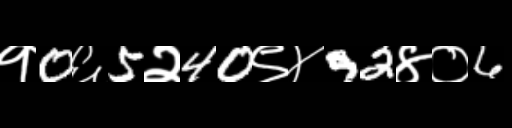
Text: १0६5२40९४92४०6